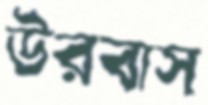
উরবাস